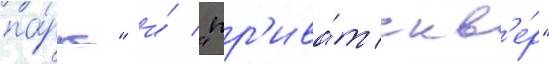
па́рк" и́ "пр'ива́т скв'е́р"